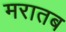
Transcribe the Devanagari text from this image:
मरातब